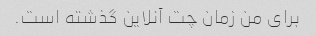
برای من زمان چت آنلاین گذشته است.